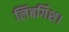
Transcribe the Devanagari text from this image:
लिंबर्गिश।